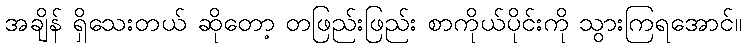
အချိန် ရှိသေးတယ် ဆိုတော့ တဖြည်းဖြည်း စာကိုယ်ပိုင်းကို သွားကြရအောင်။